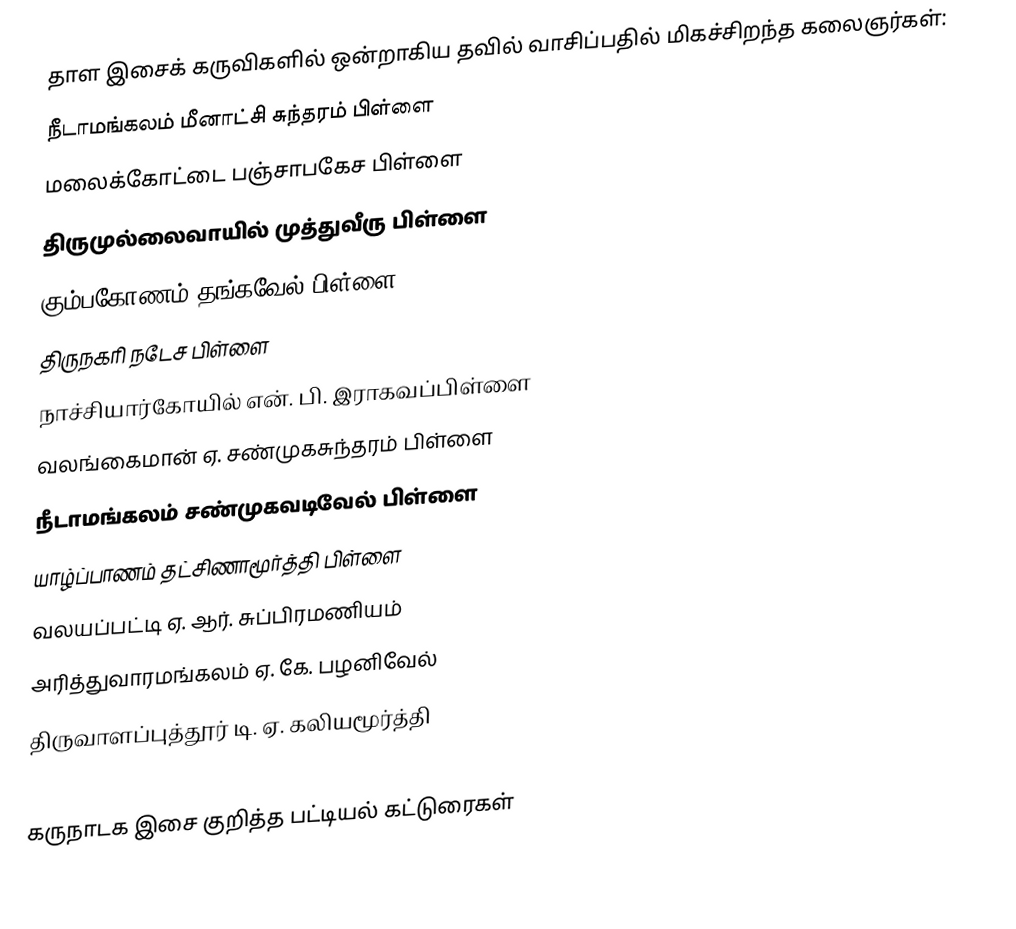
தாள இசைக் கருவிகளில் ஒன்றாகிய தவில் வாசிப்பதில் மிகச்சிறந்த கலைஞர்கள்:
நீடாமங்கலம் மீனாட்சி சுந்தரம் பிள்ளை
மலைக்கோட்டை பஞ்சாபகேச பிள்ளை
திருமுல்லைவாயில் முத்துவீரு பிள்ளை
கும்பகோணம் தங்கவேல் பிள்ளை
திருநகரி நடேச பிள்ளை
நாச்சியார்கோயில் என். பி. இராகவப்பிள்ளை
வலங்கைமான் ஏ. சண்முகசுந்தரம் பிள்ளை
நீடாமங்கலம் சண்முகவடிவேல் பிள்ளை
யாழ்ப்பாணம் தட்சிணாமூர்த்தி பிள்ளை
வலயப்பட்டி ஏ. ஆர். சுப்பிரமணியம்
அரித்துவாரமங்கலம் ஏ. கே. பழனிவேல்
திருவாளப்புத்தூர் டி. ஏ. கலியமூர்த்தி

கருநாடக இசை குறித்த பட்டியல் கட்டுரைகள்